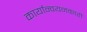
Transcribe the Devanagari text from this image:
कार्यान्‍वयनकारी